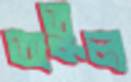
অতুল